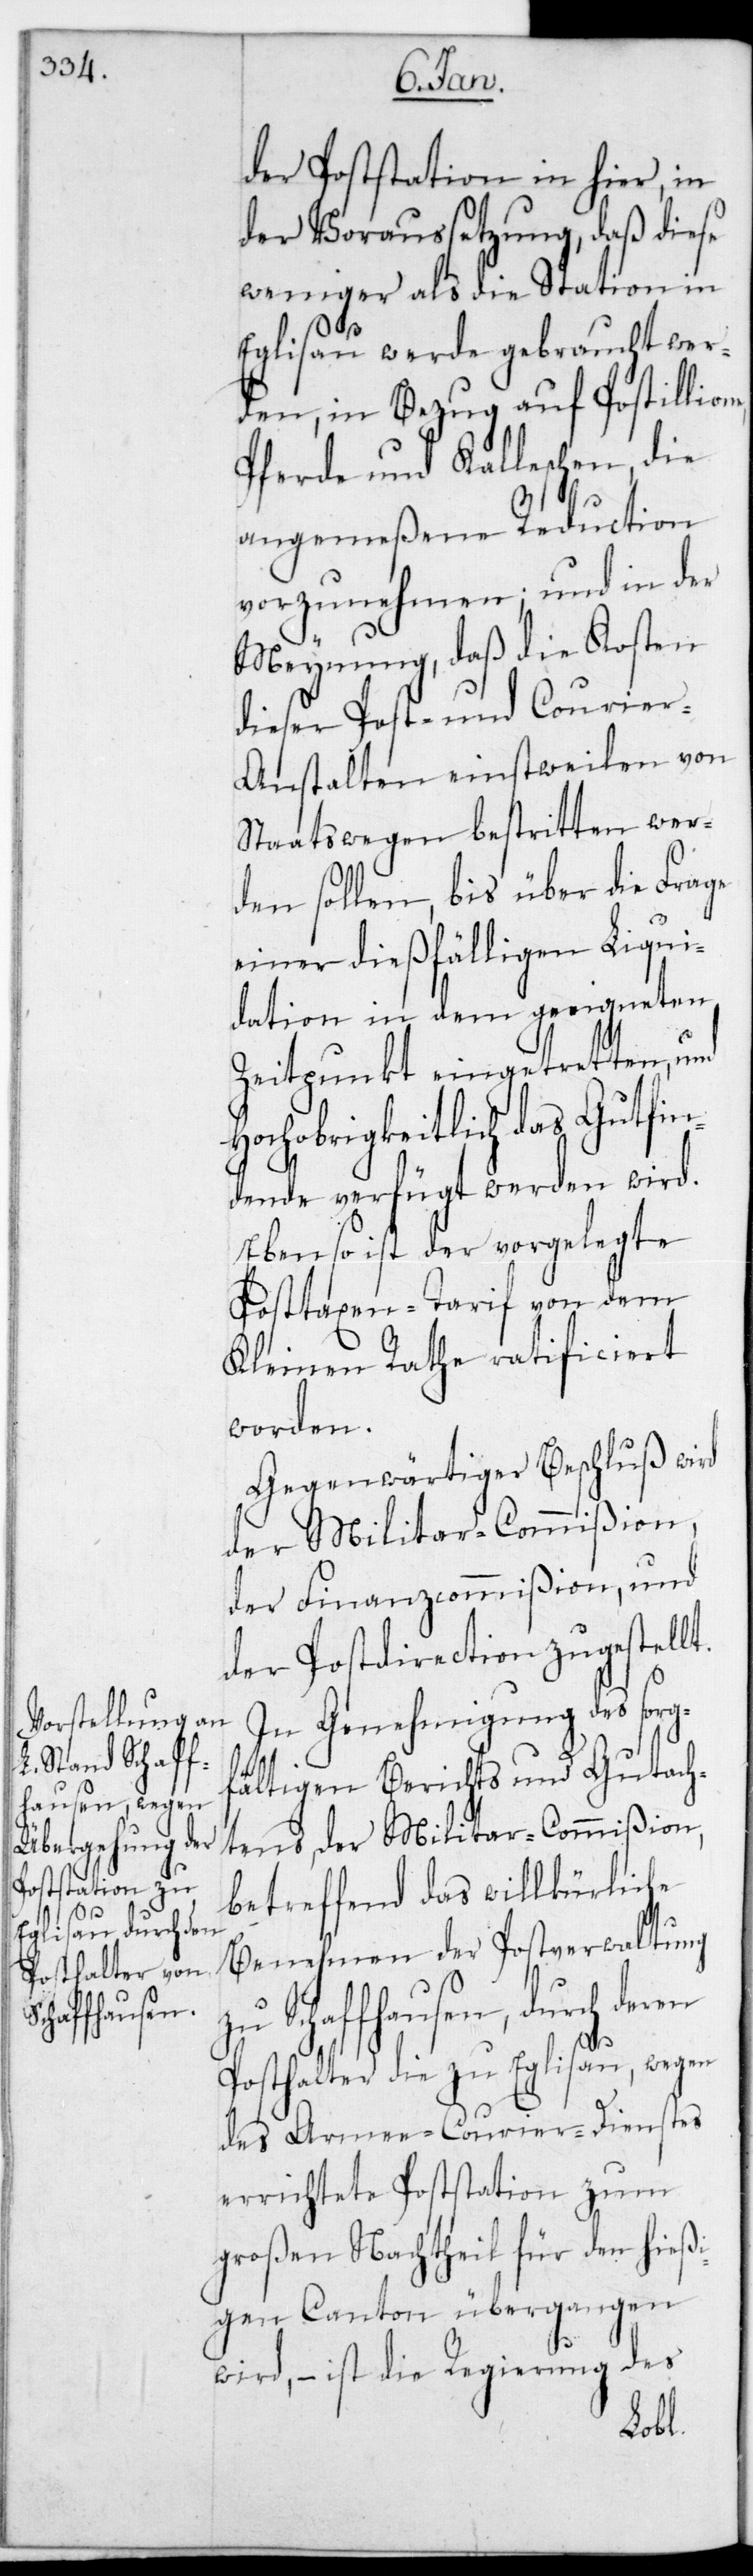
der Poststation in hier, in
der Voraussetzung, daß diese
weniger als die Station in
Eglisau werde gebraucht wer¬
den, in Bezug auf Postillion¬
Pferde und Kalleschen, die
angemeßene Reduction
vorzunehmen; und in der
Meynung, daß die Kosten
dießer Post- und Courie¬
r-Anstalten einstweilen von
Staats wegen bestritten wer¬
den sollen, bis über die Frage
einer dießfälligen Liqui¬
dation in dem geeigneten
Zeitpunkt eingetretten, und
Hochobrigkeitlich das Gutfin¬
dende verfügt werden wird.
Ebenso ist der vorgelegte
Posttaxen-Tarif von dem
Kleinen Rathe ratificiert
worden.
Gegenwärtiger Beschluß wird
der Militar-Commißion,
der Finanzcommißion und
der Postdirection zugestellt.
In Genehmigung des sorg¬
fältigen Berichts und Gutach¬
tens der Militar-Commißion,
betreffend das willkührliche
Benehmen der Postverwaltung
zu Schaffhausen, durch deren
e,
Posthalter die zu Eglisau wegen
des Armee-Courier-Dienstes
errichtete Poststation, zum
großen Nachtheil für den hießi¬
gen Canton übergangen
wird, – ist die Regierung des